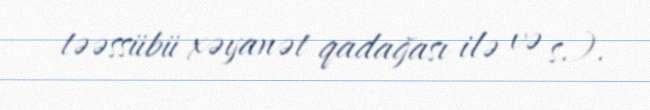
təəssübü xəyanət qadağası ilə və s.).